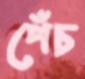
পেঁচ